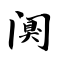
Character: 阒